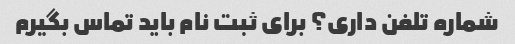
شماره تلفن داری؟ برای ثبت نام باید تماس بگیرم